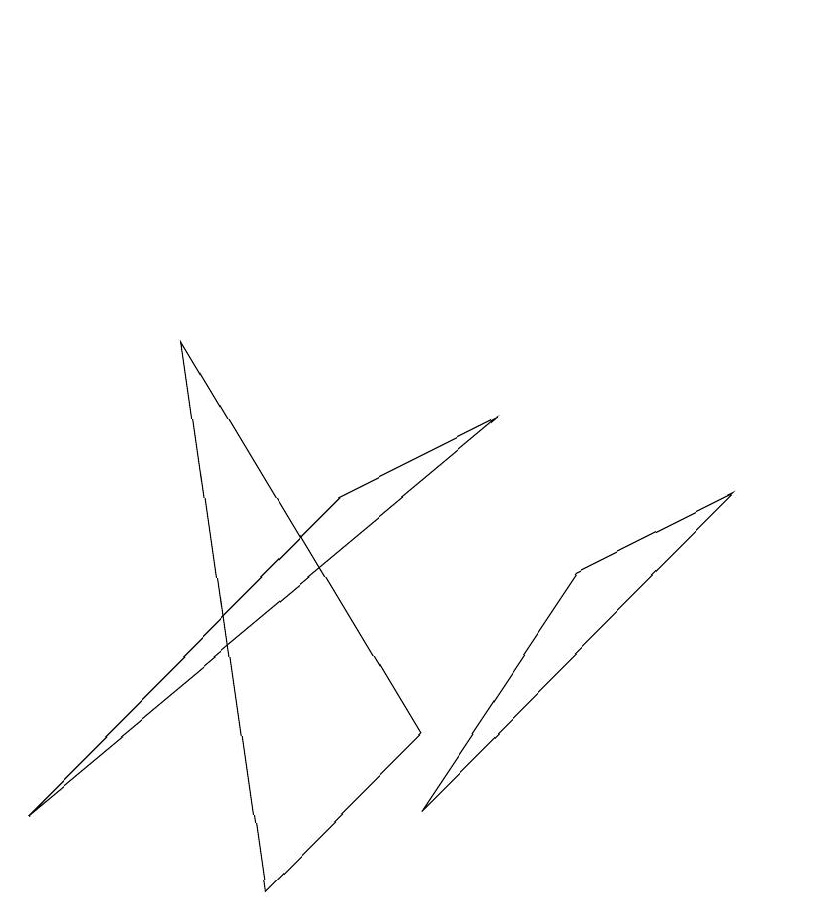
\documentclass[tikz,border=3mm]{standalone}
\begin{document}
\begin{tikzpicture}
\draw (2,7) -- (3,0) -- (5,2) -- cycle;
\draw (5,1) -- (7,4) -- (9,5) -- cycle;
\draw (6,6) -- (0,1) -- (4,5) -- cycle;
\draw (10,11) circle (0);
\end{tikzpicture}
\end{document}